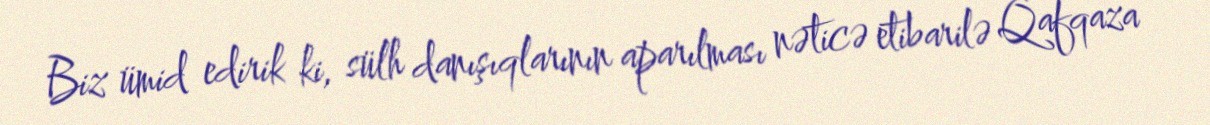
Biz ümid edirik ki, sülh danışıqlarının aparılması nəticə etibarilə Qafqaza